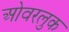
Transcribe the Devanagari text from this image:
ओवरलुक